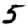
Digit: 5